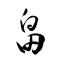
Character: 畠